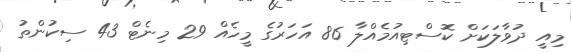
މިއީ ދުވާލަކަށް ކޮސްޓިއުމެއްލާ 86 އަހަރުގެ މީހެއް 29 މިނެޓް 43 ސިކުންތު